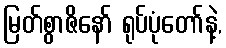
မြတ်စွာဇိနော် ရုပ်ပုံတော်နဲ့,